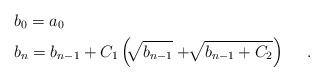
LaTeX: \begin{align*}&b_{0}=a_{0}\\&b_{n}=b_{n-1}+C_{1}\left( \sqrt[]{b_{n-1}}+ \sqrt[]{b_{n-1}+C_{2}}\right)\ \ \ \ .\end{align*}